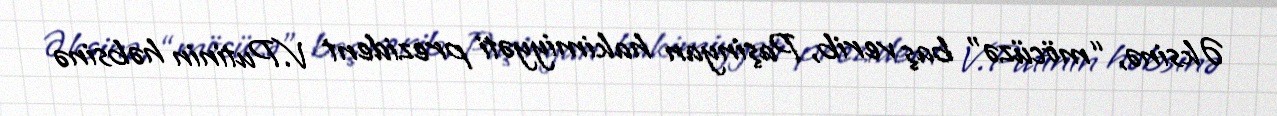
Əksinə, “möcüzə” baş verib, Paşinyan hakimiyyəti prezident V.Putinin həbsinə